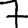
Digit: 7